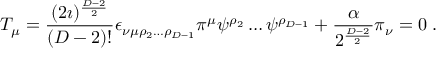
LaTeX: T _ { \mu } = \frac { ( 2 \imath ) ^ { \frac { D - 2 } { 2 } } } { ( D - 2 ) ! } \epsilon _ { \nu \mu \rho _ { 2 } \ldots \rho _ { D - 1 } } \pi ^ { \mu } \psi ^ { \rho _ { 2 } } \ldots \psi ^ { \rho _ { D - 1 } } + \frac { \alpha } { 2 ^ { \frac { D - 2 } { 2 } } } \pi _ { \nu } = 0 \; .